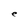
Character: e